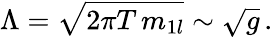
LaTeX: \Lambda=\sqrt{2\pi T\, m_{1l}}\sim\sqrt{g}\, .